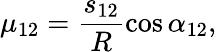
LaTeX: \mu_{12}=\frac{s_{12}}R\cos\alpha_{12},